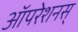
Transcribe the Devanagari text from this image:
ऑपरेशनस्